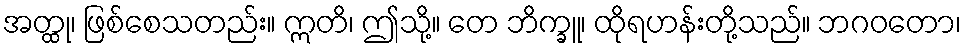
အတ္ထု၊ ဖြစ်စေသတည်း။ ဣတိ၊ ဤသို့။ တေ ဘိက္ခူ၊ ထိုရဟန်းတို့သည်။ ဘဂဝတော၊